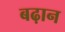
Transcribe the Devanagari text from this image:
बढ़ान